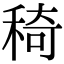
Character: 𥟏